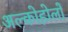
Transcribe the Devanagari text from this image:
अल्कोहोलों